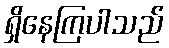
ရှိနေကြပါသည်